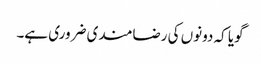
گویا کہ دونوں کی رضامندی ضروری ہے۔